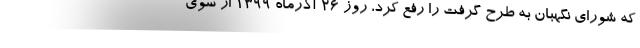
که شورای نگهبان به طرح گرفت را رفع کرد، روز ۲۶ آذرماه ۱۳۹۹ از سوی